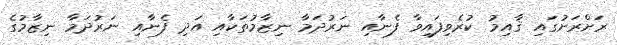
ރަށްރަށުގައި ޤާއިމު ކުރެވިފައިވާ ފެނާއި ނަރުދަމާ ނިޒާމުތަކާއި އަދި ފެނާއި ނަރުދަމާ ނިޒާމުގެ